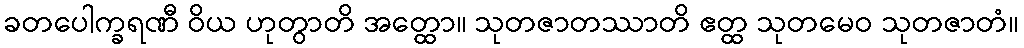
ခတပေါက္ခရဏီ ဝိယ ဟုတွာတိ အတ္ထော။ သုတဇာတဿာတိ ဧတ္ထ သုတမေဝ သုတဇာတံ။